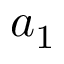
a _ { 1 }